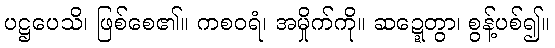
ပဋ္ဌပေသိ၊ ဖြစ်စေ၏။ ကစဝရံ၊ အမှိုက်ကို။ ဆဍ္ဍေတွာ၊ စွန့်ပစ်၍။